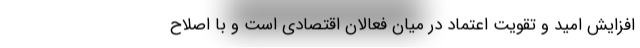
افزایش امید و تقویت اعتماد در میان فعالان اقتصادی است و با اصلاح